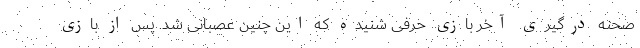
صحنه درگیری آخر بازی حرفی شنیده که این چنین عصبانی شد. پس از بازی